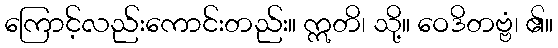
ကြောင့်လည်းကောင်းတည်း။ ဣတိ၊ သို့။ ဝေဒိတဗ္ဗံ၊ ၏။